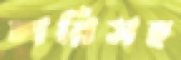
লরিসহ